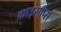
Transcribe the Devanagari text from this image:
क्राइसॉप्स